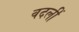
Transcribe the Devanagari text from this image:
वदलीं